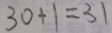
3 0 + 1 = 3 1